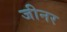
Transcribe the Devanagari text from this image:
जीनर